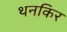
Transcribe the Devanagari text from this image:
थनकिर